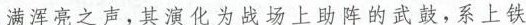
满浑亮之声，其演化为战场上助阵的武鼓，系上铁